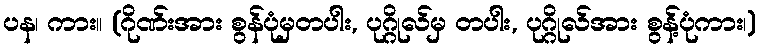
ပန၊ ကား။ (ဂိုဏ်းအား စွန်ပုံမှတပါး, ပုဂ္ဂိုလ်မှ တပါး, ပုဂ္ဂိုလ်အား စွန့်ပုံကား၊)